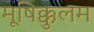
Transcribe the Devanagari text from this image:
मूषिक्कुलम